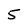
Character: 5